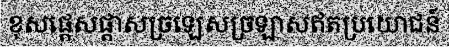
ខុសផ្តេសផ្តាសច្រឡេសច្រឡាសឥតប្រយោជន៍